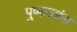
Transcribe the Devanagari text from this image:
पुष्कळांना